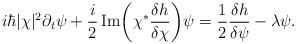
LaTeX: \begin{align*} i\hbar|\chi|^2\partial_t{\psi} + \frac{i}{2}\operatorname{Im}\!\bigg(\chi^*\frac{\delta h}{\delta \chi}\bigg) \psi= &\ \frac{1}{2}\frac{\delta h}{\delta \psi} -\lambda\psi. \end{align*}